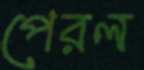
পেরল